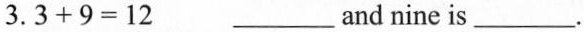
3.$$3 + 9 = 1 2$$ ___and nine is___.